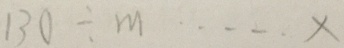
1 3 0 \div m \cdots x